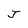
Character: J